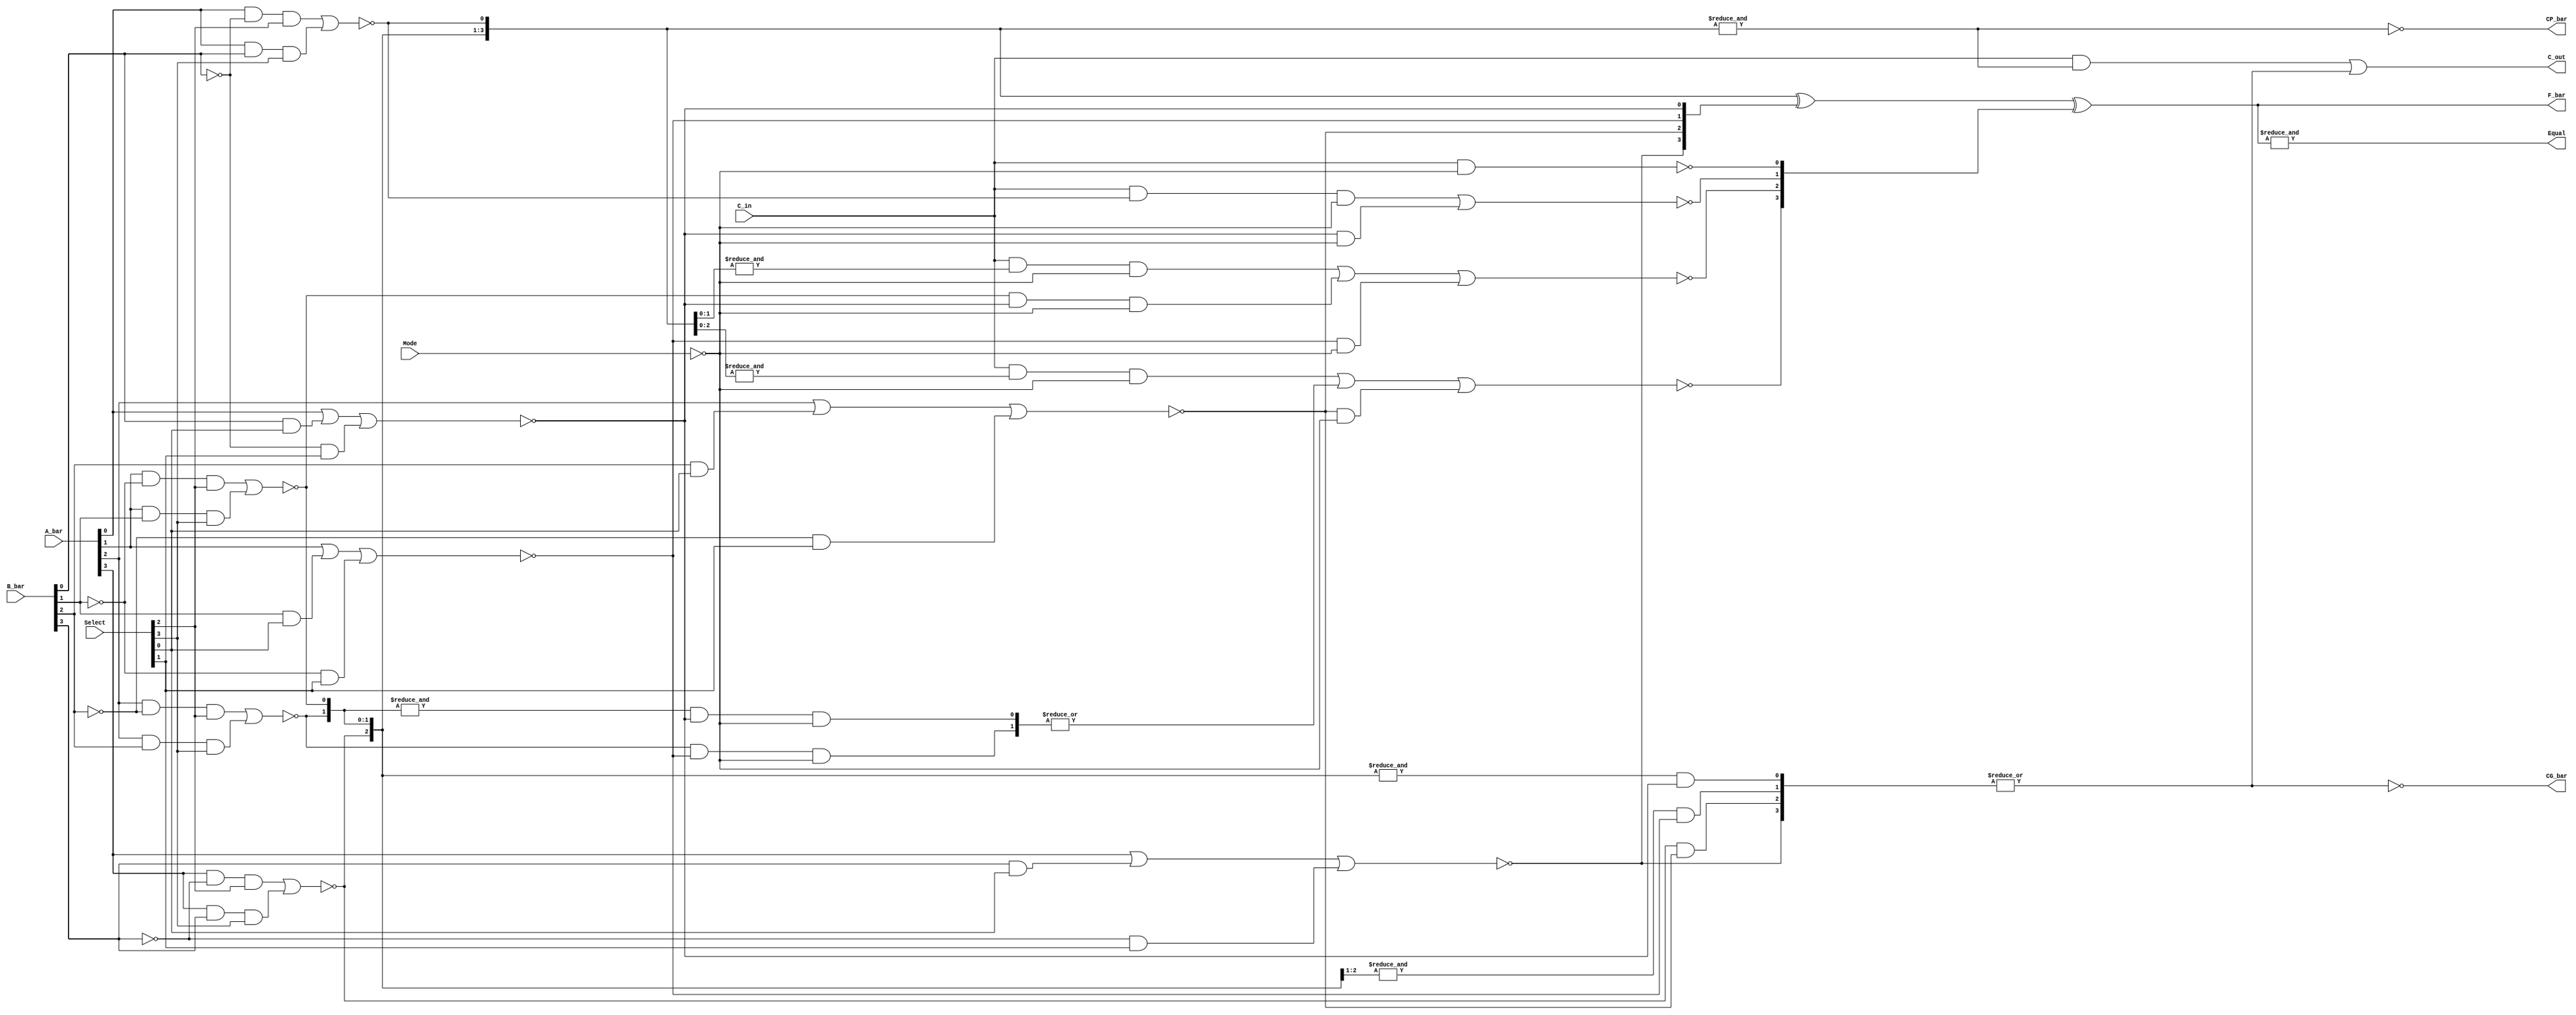
// This program was cloned from: https://github.com/TimRudy/ice-chips-verilog
// License: GNU General Public License v3.0

// 4-bit arithmetic logic unit

// Notes:
//
// - can be used with active-high or active-low data convention (see datasheet);
//   for many of the Select inputs, the data convention used affects the operation performed;
//   however, the following operations are consistent and unaffected by active-high or active-low:
//   Select == 1001 (Add)
//   Select == 0110 (Subtract)
//   Select == 1100 (A PLUS A or Shift Left)
//   Select == 0011 (MINUS 1)
//
// - Mode == 0 is for arithmetic (carry is included in calculations);
//   Mode == 1 is for logic (carry is irrelevant)
//
// - C_in, C_out carry signals are inverted compared to A, B and F signals;
//   for example, with active-high data, A_bar == 0 means zero, C_in == 1 means no carry in
//
// - CP_bar output is carry propagate to another unit (for carry lookahead across multiple units);
//   CG_bar output is carry generate to another unit (  "  "  )
//
// - Equal flag output is a valid comparator output only in a specific configuration:
//   the operation must be Select == 0110 (Subtract) with C_in == 1;
//   also in this configuration, Equal and C_out can be used together to indicate B < A or B > A
//
// * refer to test bench file 74181-tb.v that comes with your 74181 device for notes
//   and functional specs, before you attempt to create a fully working circuit

module ttl_74181 #(parameter WIDTH = 4, DELAY_RISE = 0, DELAY_FALL = 0)
(
  input [3:0] Select,
  input Mode,
  input C_in,
  input [WIDTH-1:0] A_bar,
  input [WIDTH-1:0] B_bar,
  output CP_bar,
  output CG_bar,
  output Equal,
  output C_out,
  output [WIDTH-1:0] F_bar
);

//------------------------------------------------//
reg CP_computed;
reg CG_computed;
wire Equal_computed;
reg C_computed;
reg [WIDTH-1:0] F_computed;
wire [WIDTH-1:0] P_internal;
wire [WIDTH-1:0] G_internal;
wire [WIDTH-1:0] C_internal;
wire [WIDTH-1:0] CG_internal;

// structural declaration using gates and wires (see datasheet for the schematic):

generate
  genvar i;
  for (i = 0; i < WIDTH; i = i + 1)
  begin: gen_internals
    wire [WIDTH-1:0] C_and_P_term;
    wire [WIDTH-1:0] P_and_G_term;
    wire [WIDTH-1:0] G_term;

    // first layer: internal propagate and generate signals from each A, B bit pair
    //              used for all further computations (function output F, carry output C,
    //              carry lookahead outputs CP and CG)
    //
    assign P_internal[i] = ~(A_bar[i] & ~B_bar[i] & Select[2] | A_bar[i] & B_bar[i] & Select[3]);
    assign G_internal[i] = ~(A_bar[i] | B_bar[i] & Select[0] | ~B_bar[i] & Select[1]);

    // second layer: internal carry signals from the carry in and propagate and generate signals,
    //               used for computation of F bits (these are for arithmetic functions only;
    //               for logic functions the Mode signal inhibits all C_internal outputs)
    //
    // the generated code has this structure:
    // C_internal[0] = ~(C_in);
    // C_internal[1] = ~(C_in & P_internal[0] |
    //                          G_internal[0]);
    // C_internal[2] = ~(C_in & P_internal[0] & P_internal[1] |
    //                                          P_internal[1] & G_internal[0] |
    //                                                          G_internal[1]);
    // C_internal[3] = ~(C_in & P_internal[0] & P_internal[1] & P_internal[2] |
    //                                          P_internal[1] & P_internal[2] & G_internal[0] |
    //                                                          P_internal[2] & G_internal[1] |
    //                                                                          G_internal[2]);
    //
    if (i == 0)
    begin
      assign C_and_P_term[i] = C_in & !Mode;
    end
    else
    begin
      localparam i_minus_1 = i - 1;

      assign C_and_P_term[i] = C_in & (&P_internal[i_minus_1:0]) & !Mode;

      assign G_term[i] = G_internal[i_minus_1] & !Mode;

      if (i > 1)
      begin
        genvar j;
        for (j = 0; j < i_minus_1; j = j + 1)
        begin: gen_P_and_G_term
          localparam j_plus_one = j + 1;

          // these terms will be joined by | below:
          assign P_and_G_term[j] = (&P_internal[i_minus_1:j_plus_one]) & G_internal[j] & !Mode;
        end
      end
    end

    // internal carry signals aggregated from the above terms
    if (i == 0)
    begin
      assign C_internal[i] = ~C_and_P_term[i];
    end
    else if (i == 1)
    begin
      assign C_internal[i] = ~(C_and_P_term[i] | G_term[i]);
    end
    else
    begin
      assign C_internal[i] = ~(C_and_P_term[i] | (|P_and_G_term[(i - 2):0]) | G_term[i]);
    end

    // second layer, separate section: internal carry generate signals from the
    //                                 propagate and generate signals, used for computation of:
    //                                 carry output C, carry lookahead output CG
    //
    // the generated code has this structure (terms are then joined by |):
    // CG_internal[0] = P_internal[1] & P_internal[2] & P_internal[3] & G_internal[0];
    // CG_internal[1] =                 P_internal[2] & P_internal[3] & G_internal[1];
    // CG_internal[2] =                                 P_internal[3] & G_internal[2];
    // CG_internal[3] =                                                 G_internal[3];
    //
    if (i < WIDTH - 1)
    begin
      assign CG_internal[i] = (&P_internal[(WIDTH - 1):(i + 1)]) & G_internal[i];
    end
    else
    begin
      assign CG_internal[i] = G_internal[i];
    end
  end
endgenerate

always @(*)
begin
  // third layer: carry lookahead bits aggregated from the above terms
  CP_computed = ~(&P_internal);
  CG_computed = ~(|CG_internal);

  // third layer: carry bit
  C_computed = C_in & (&P_internal) | (|CG_internal);

  // third layer: F bits
  F_computed = P_internal ^ G_internal ^ C_internal;
end

// output
assign Equal_computed = &F_computed;

//------------------------------------------------//

assign #(DELAY_RISE, DELAY_FALL) CP_bar = CP_computed;
assign #(DELAY_RISE, DELAY_FALL) CG_bar = CG_computed;
assign #(DELAY_RISE, DELAY_FALL) Equal = Equal_computed;
assign #(DELAY_RISE, DELAY_FALL) C_out = C_computed;
assign #(DELAY_RISE, DELAY_FALL) F_bar = F_computed;

endmodule